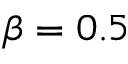
\beta = 0 . 5